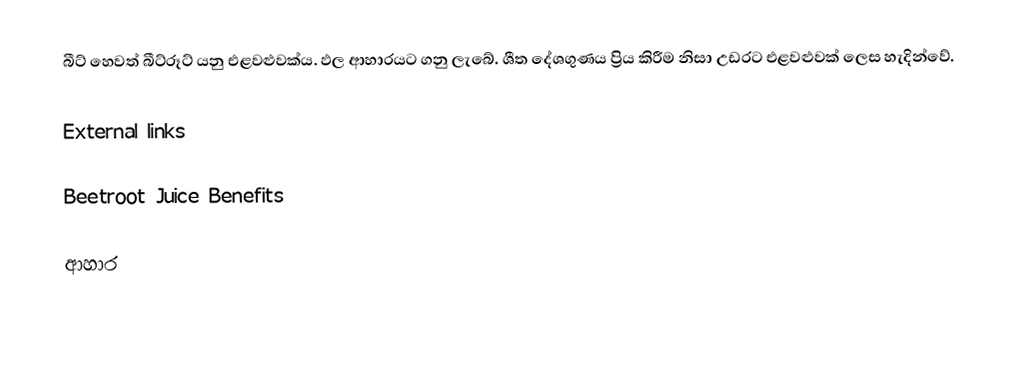
බීට් හෙවත් බීට්රූට් යනු එළවළුවක්ය. ඵල ආහාරයට ගනු ‍ලැබේ. ශීත දේශගුණය ප්‍රිය කිරීම නිසා උඩරට එළවළුවක් ලෙස හැදින්වේ.

External links

 Beetroot Juice Benefits

ආහාර